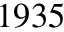
1 9 3 5